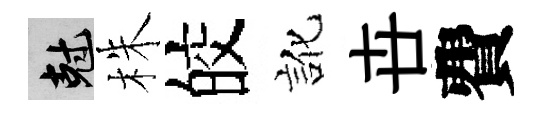
剋株皎訛卋費